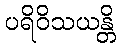
ပရိဝိသယန္တိ